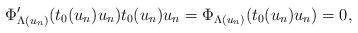
LaTeX: \begin{align*}\Phi_{\Lambda(u_n)}'(t_0(u_n)u_n)t_0(u_n)u_n=\Phi_{\Lambda(u_n)}(t_0(u_n)u_n)=0,\end{align*}